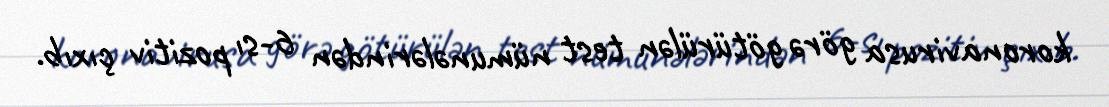
koronavirusa görə götürülən test nümunələrindən 6-sı pozitiv çıxıb.